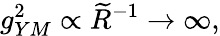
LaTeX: g_{YM}^{2}\propto\widetilde{R}^{-1}\to\infty,